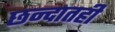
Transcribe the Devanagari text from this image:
छन्दातही